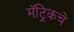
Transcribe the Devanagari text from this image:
मॅट्रिकचे